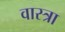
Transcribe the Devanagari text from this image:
वास्त्रा